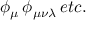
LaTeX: \phi _ { \mu } \, \phi _ { \mu \nu \lambda } \, e t c .